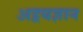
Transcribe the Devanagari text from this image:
अद्वयज्ञान